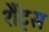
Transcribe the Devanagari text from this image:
शैंट्स